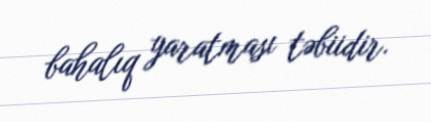
bahalıq yaratması təbiidir.